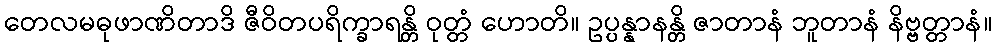
တေလမဓုဖာဏိတာဒိ ဇီဝိတပရိက္ခာရန္တိ ဝုတ္တံ ဟောတိ။ ဥပ္ပန္နာနန္တိ ဇာတာနံ ဘူတာနံ နိဗ္ဗတ္တာနံ။